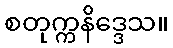
စတုက္ကနိဒ္ဒေသ။